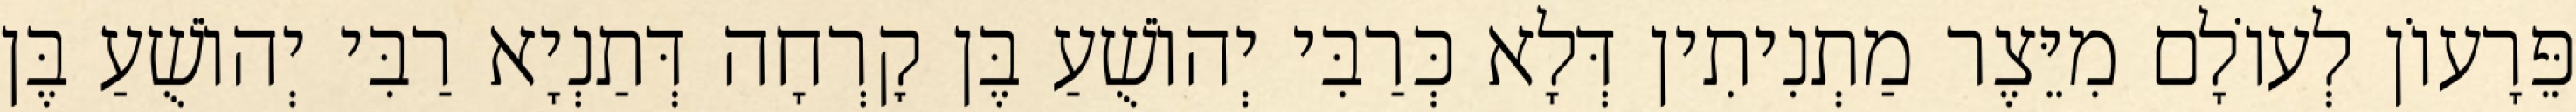
פֵּרָעוֹן לְעוֹלָם מִיֵּצֶר מַתְנִיתִין דְּלָא כְּרַבִּי יְהוֹשֻׁעַ בֶּן קׇרְחָה דְּתַנְיָא רַבִּי יְהוֹשֻׁעַ בֶּן